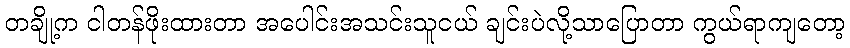
တချို့က ငါတန်ဖိုးထားတာ အပေါင်းအသင်းသူငယ် ချင်းပဲလို့သာပြောတာ ကွယ်ရာကျတော့